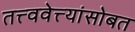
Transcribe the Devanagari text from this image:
तत्त्ववेत्त्यांसोबत